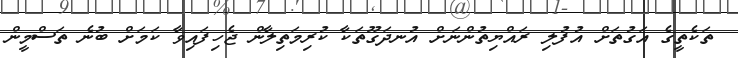
ތަކެތީގެ އަގުތަށް އުފުލި ރައްޔިތުންނަށް އުނދަގޫތަކާ ކުރިމަތިލާން ޖެހިފައިވާ ކަމަށް ބުނެ ތަސްމީން